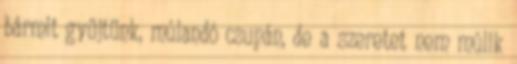
bármit gyűjtünk, múlandó csupán, de a szeretet nem múlik